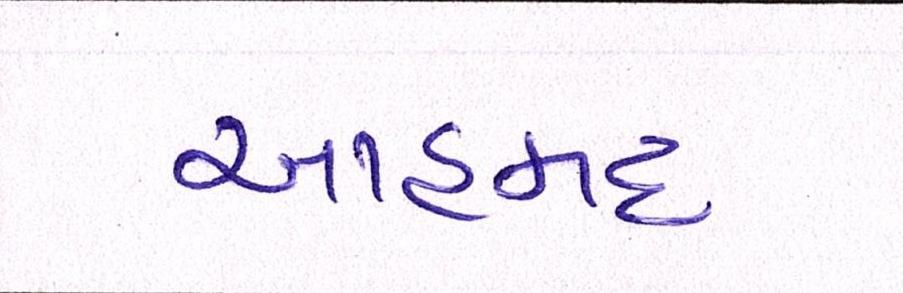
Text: આહમદ